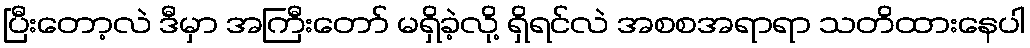
ပြီးတော့လဲ ဒီမှာ အကြီးတော် မရှိခဲ့လို့ ရှိရင်လဲ အစစအရာရာ သတိထားနေပါ